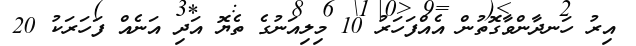
އިރު ހަނދާންވާގޮތުން އެއްފަހަރު 10 މިލިއަނުގެ ތެޔޮ އަދި އަނެއް ފަހަރަކު 20